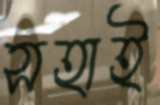
সহাই